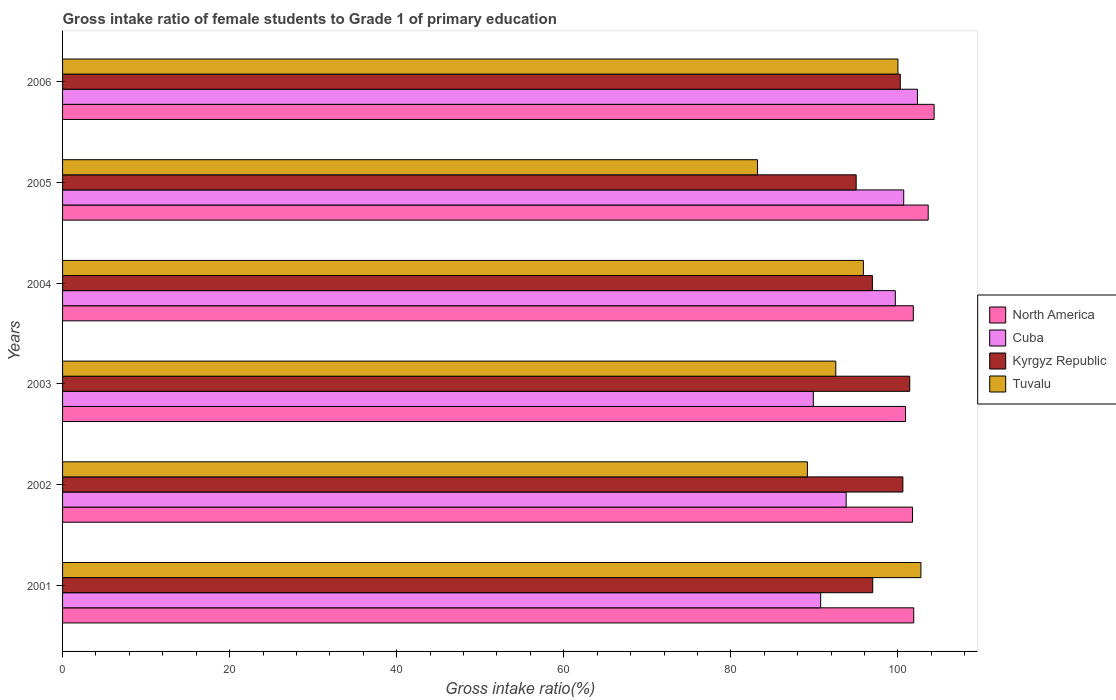
| Years | North America | Cuba | Kyrgyz Republic | Tuvalu |
 | --- | --- | --- | --- | --- |
 | 2001 | 102 | 90.8 | 97 | 103 |
 | 2002 | 102 | 93.8 | 101 | 89.2 |
 | 2003 | 101 | 89.9 | 101 | 92.6 |
 | 2004 | 102 | 99.7 | 96.9 | 95.9 |
 | 2005 | 104 | 101 | 95 | 83.2 |
 | 2006 | 104 | 102 | 100 | 100 |